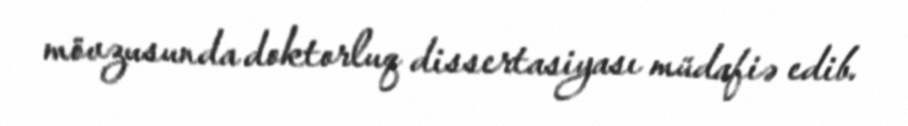
mövzusunda doktorluq dissertasiyası müdafiə edib.